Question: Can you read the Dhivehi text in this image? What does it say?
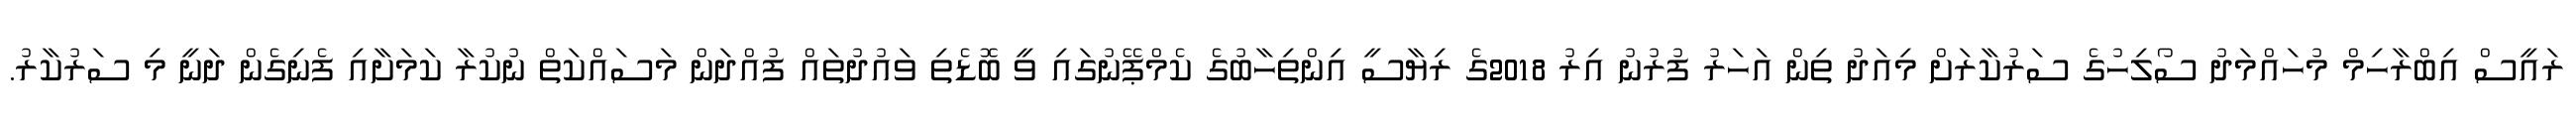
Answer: ރައީސް އިބްރާހިމް މުހައްމަދު ސޯލިހުގެ ސަރުކާރަށް މިއަދު ތިން އަހަރު ފުރުނު އިރު 2018ގެ ރިޔާސީ އިންތިހާބުގެ ކެމްޕޭނުގައި ވީ ބޮޑެތި ވައުދުތައް ފުއްދަން މަސައްކަތް ނުކުރާ ކަމަށާއި ފެނިގެން ދަނީ މި ސަރުކާރު.